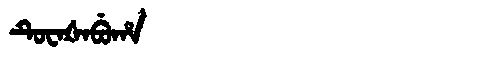
Manchu: ᡨᡠᠸᠠᡧᠠᠪᡠᡥᠠ
Romanization: TUWAŠABUHA